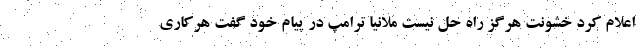
اعلام کرد خشونت هرگز راه حل نیست ملانیا ترامپ در پیام خود گفت هرکاری